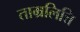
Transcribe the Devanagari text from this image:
ताम्रलित्ति